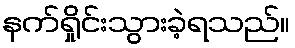
နက်ရှိုင်းသွားခဲ့ရသည်။